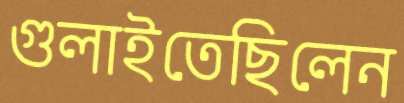
গুলাইতেছিলেন